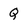
Character: Q